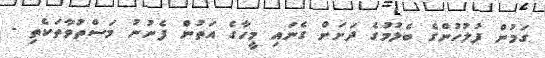
ގަމުން ފުލުހުންގެ ބެލުމުގެ ދަށަށް ގެނައި މީހާގެ އަތުން ފެނުނު މަސްތުވާތަކެތި -